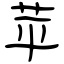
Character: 苹